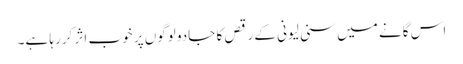
اس گانے میں سنی لیونی کے رقص کا جادو لوگوں پر خوب اثر کررہا ہے۔